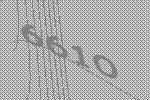
6610